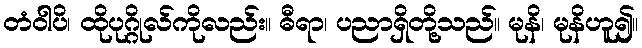
တံဝါပိ၊ ထိုပုဂ္ဂိုလ်ကိုလည်း။ ဓီရာ၊ ပညာရှိတို့သည်။ မုနိ၊ မုနိဟူ၍။